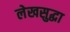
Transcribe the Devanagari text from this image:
लेखसुद्धा